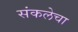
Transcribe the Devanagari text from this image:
संकलेचा